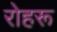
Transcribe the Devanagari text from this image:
रोहरू